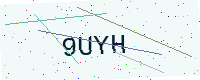
Text: 9UYH